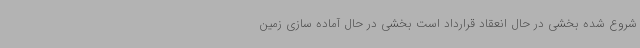
شروع شده بخشی در حال انعقاد قرارداد است بخشی در حال آماده سازی زمین